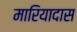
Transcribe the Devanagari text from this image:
मारियादास